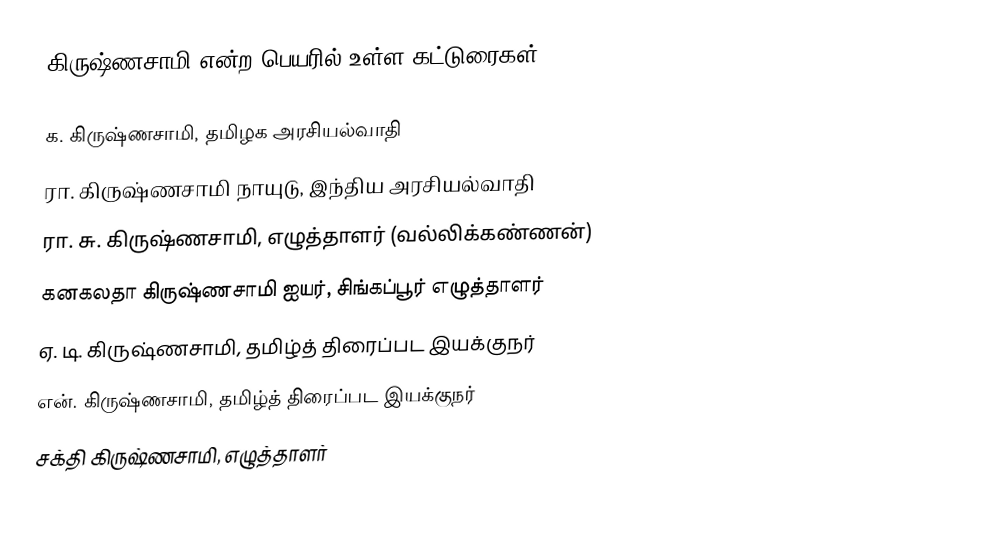
கிருஷ்ணசாமி என்ற பெயரில் உள்ள கட்டுரைகள்:

 க. கிருஷ்ணசாமி, தமிழக அரசியல்வாதி
 ரா. கிருஷ்ணசாமி நாயுடு, இந்திய அரசியல்வாதி
 ரா. சு. கிருஷ்ணசாமி, எழுத்தாளர் (வல்லிக்கண்ணன்)
 கனகலதா கிருஷ்ணசாமி ஐயர், சிங்கப்பூர் எழுத்தாளர்
 ஏ. டி. கிருஷ்ணசாமி, தமிழ்த் திரைப்பட இயக்குநர்
 என். கிருஷ்ணசாமி, தமிழ்த் திரைப்பட இயக்குநர்
 சக்தி கிருஷ்ணசாமி, எழுத்தாளர்